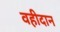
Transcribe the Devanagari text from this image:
वहीदान